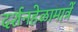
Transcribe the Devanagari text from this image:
दर्शनहेळामात्रें